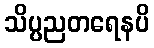
သိပ္ပညတရေနပိ